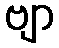
ဗျာ